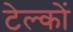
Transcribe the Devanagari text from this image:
टेल्कों